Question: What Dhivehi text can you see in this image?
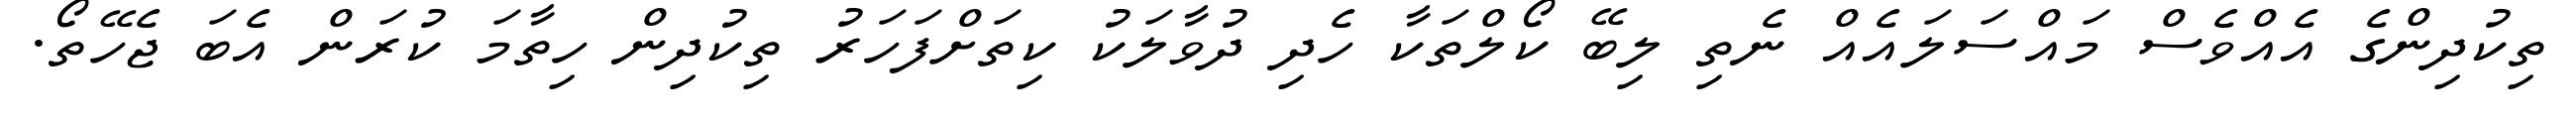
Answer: ތިކުދިންގެ އެއްވެސް މައްސަލައެއް ނެތި ލިބޭ ކޯލްތަކާ ހެދި ދުވާލަކު ކިތަށްފަހަރު ތިކުދިން ހިތާމަ ކުރަން އެބަ ޖެހޭތޯ.